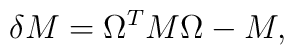
\delta M=\Omega^T M \Omega-M ,